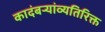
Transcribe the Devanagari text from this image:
कादंबऱ्यांव्यतिरिक्त